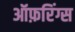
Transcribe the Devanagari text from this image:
ऑफ़रिंग्स